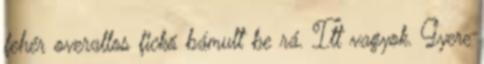
fehér overallos fickó bámult be rá. Itt vagyok. Gyere